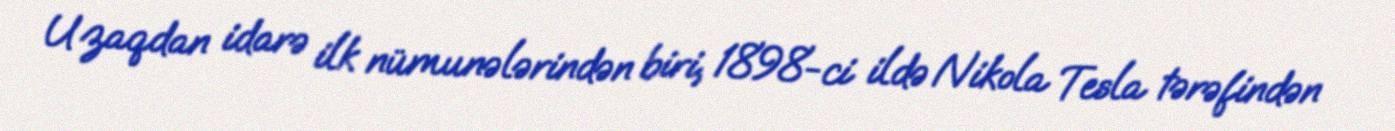
Uzaqdan idarə ilk nümunələrindən biri, 1898-ci ildə Nikola Tesla tərəfindən